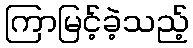
ကြာမြင့်ခဲ့သည့်